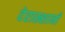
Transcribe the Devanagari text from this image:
देराख्शानी